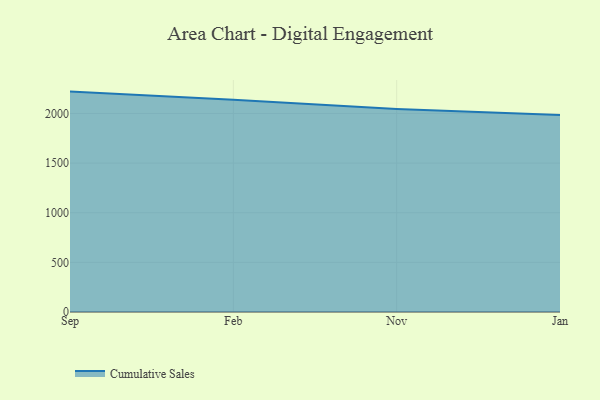
{"axis": {"x": "Month", "y": "Population (Million)"}, "legend": ["Cumulative Sales"], "data": [{"x": "Sep", "y": 2220.0, "type": "Cumulative Sales"}, {"x": "Feb", "y": 2137.6, "type": "Cumulative Sales"}, {"x": "Nov", "y": 2044.4, "type": "Cumulative Sales"}, {"x": "Jan", "y": 1985.2, "type": "Cumulative Sales"}]}